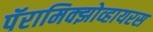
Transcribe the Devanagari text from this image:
पॅरामिक्झोव्हायरस